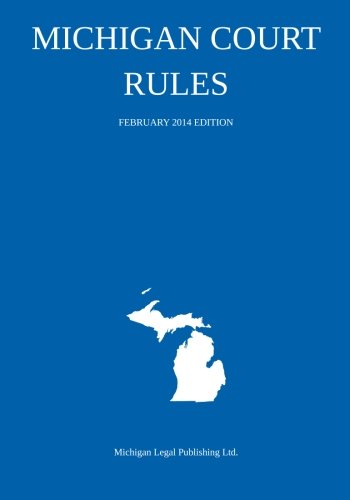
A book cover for Michigan Court Rules: February 2014 Edition; Michigan Legal Publishing Ltd.; Law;